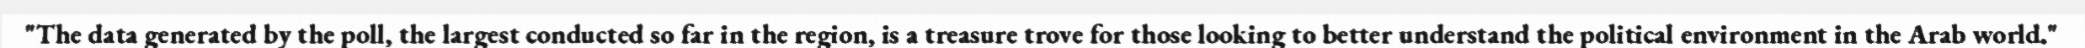
"The data generated by the poll, the largest conducted so far in the region, is a treasure trove for those looking to better understand the political environment in the Arab world."